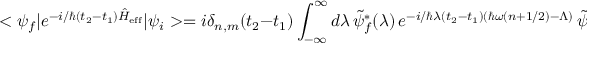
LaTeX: < \psi _ { f } | e ^ { - i / \hbar ( t _ { 2 } - t _ { 1 } ) \hat { H } _ { \mathrm { e f f } } } | \psi _ { i } > = i \delta _ { n , m } ( t _ { 2 } - t _ { 1 } ) \int _ { - \infty } ^ { \infty } d \lambda \, \tilde { \psi } _ { f } ^ { * } ( \lambda ) \, e ^ { - i / \hbar \lambda ( t _ { 2 } - t _ { 1 } ) ( \hbar \omega ( n + 1 / 2 ) - \Lambda ) } \, \tilde { \psi } _ { i } ( \lambda ) \ ,